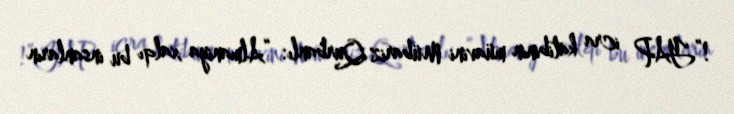
!”YAP icra katibinin müavini Mübariz Qurbanlı: “Almaniya xalqı bu insanların